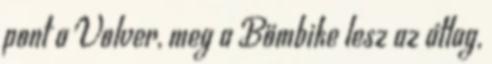
pont a Volver, meg a Bömbike lesz az átlag,